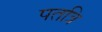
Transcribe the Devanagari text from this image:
पतत्रि